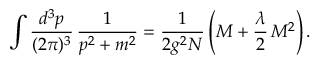
\int \frac { d ^ { 3 } p } { ( 2 \pi ) ^ { 3 } } \, \frac { 1 } { p ^ { 2 } + m ^ { 2 } } = \frac { 1 } { 2 g ^ { 2 } N } \left( M + \frac { \lambda } { 2 } \, M ^ { 2 } \right) .